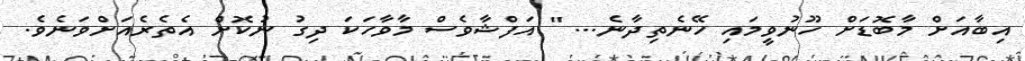
އިބާއަށް މާބޮޑަށް ހޫނުވީމައި ހޭނެތިދާނެ... " އަފްޝާވެސް މާވާހަކަ ދިގު ނުކޮށް އެތެރެއަށްވަނެވެ.